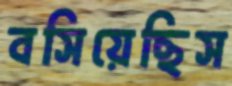
বসিয়েছিস